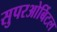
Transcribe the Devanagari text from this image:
सुपरओर्बिटल